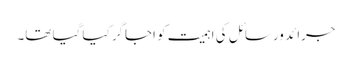
جرائد ورسائل کی اہمیت کو اجاگر کیا گیا تھا۔